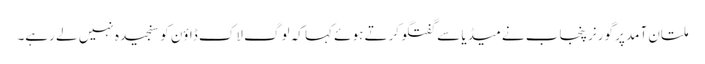
ملتان آمد پر گورنر پنجاب نے میڈیا سے گفتگو کرتے ہوئے کہا کہ لوگ لاک ڈاؤن کو سنجیدہ نہیں لے رہے۔